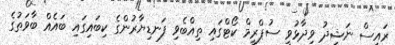
ރައީސް ނަޝީދު ވިދާޅުވީ ސުޕްރީމް ކޯޓްގައި ތިއްބެވި ފަނޑިޔާރުންގެ ކިބައިގައި ބައެއް ބާވަތުގެ